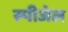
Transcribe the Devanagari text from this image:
स्पीजेल